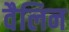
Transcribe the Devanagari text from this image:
वैलिन